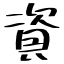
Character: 資